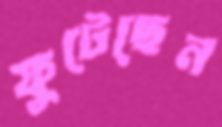
ফুটেছেন